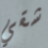
شقي